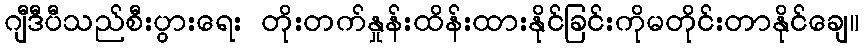
ဂျီဒီပီသည်စီးပွားရေး တိုးတက်နှုန်းထိန်းထားနိုင်ခြင်းကိုမတိုင်းတာနိုင်ချေ။